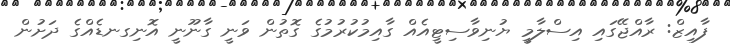
ފާއިޒް: ރާއްޖޭގައި އިސްލާމީ ޔުނިވާސިޓީއެއް ގާއިމުކުރުމުގެ ގޮތުން ވަނީ ގާނޫނީ އޮނިގނޑެއްގެ ދަށުން